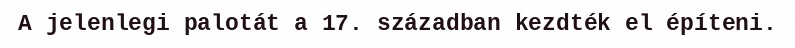
A jelenlegi palotát a 17. században kezdték el építeni.